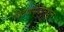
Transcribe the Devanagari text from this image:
विदयापीठामधून